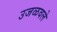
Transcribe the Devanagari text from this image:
उजळवले